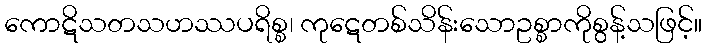
ကောဋိသတသဟဿပရိစ္စ၊ ကုဋေတစ်သိန်းသောဥစ္စာကိုစွန့်သဖြင့်။